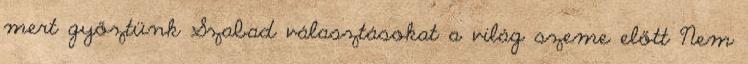
mert győztünk Szabad választásokat a világ szeme előtt Nem